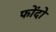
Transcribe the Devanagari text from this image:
फोंदो